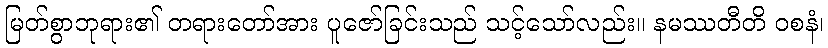
မြတ်စွာဘုရား၏ တရားတော်အား ပူဇော်ခြင်းသည် သင့်သော်လည်း။ နမဿတီတိ ဝစနံ၊